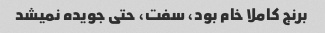
برنج کاملا خام بود، سفت، حتی جویده نمیشد